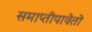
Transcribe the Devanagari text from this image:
समाप्तीपावेतो